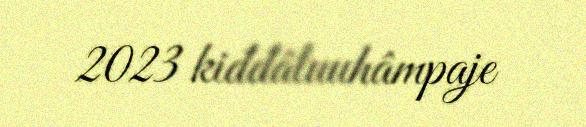
2023 kiđđâluuhâmpaje